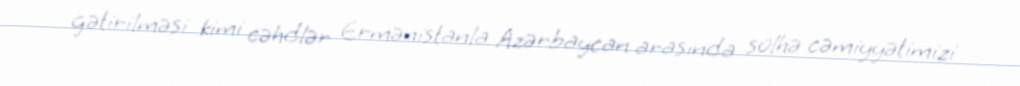
gətirilməsi kimi cəhdlər Ermənistanla Azərbaycan arasında sülhə cəmiyyətimizi